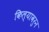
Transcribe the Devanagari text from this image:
किल्यावरुन